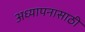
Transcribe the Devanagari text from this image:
अध्यापनासाठी